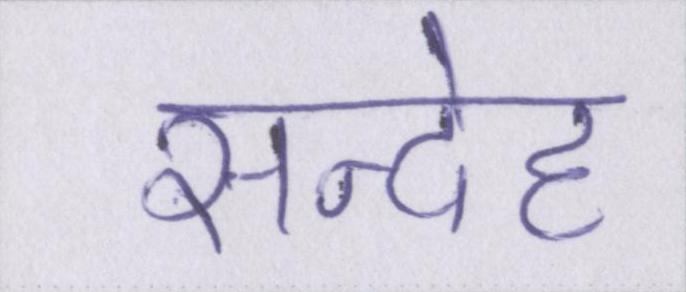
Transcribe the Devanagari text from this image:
सन्देह